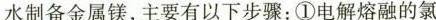
水制备金属镁，主 要有以下步骤：①电解熔融的氯